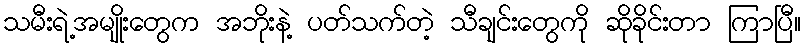
သမီးရဲ့အမျိုးတွေက အဘိုးနဲ့ ပတ်သက်တဲ့ သီချင်းတွေကို ဆိုခိုင်းတာ ကြာပြီ။